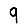
Digit: 9